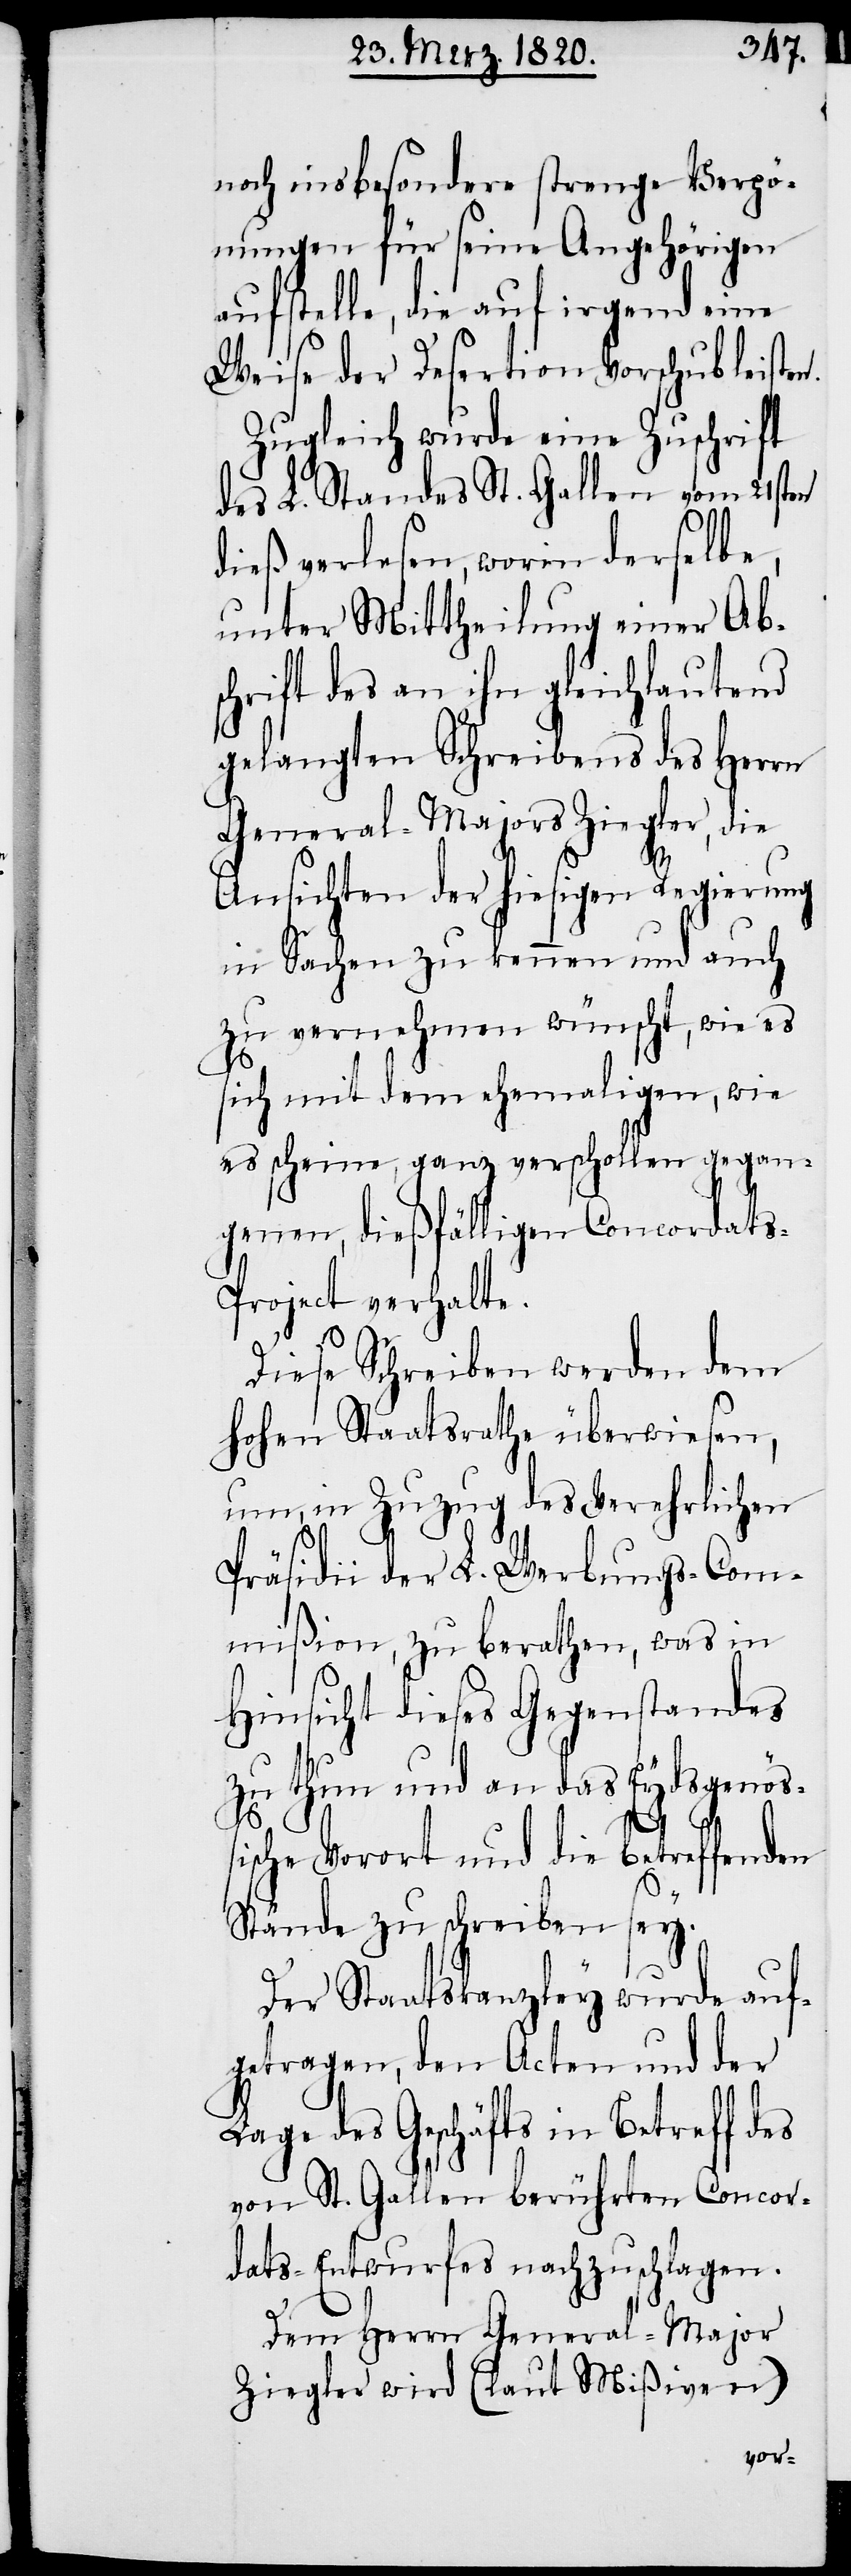
noch insbesondere strenge Verpö¬
nungen für seine Angehörigen
aufstelle, die auf irgend eine
Weise der Desertion Vorschub leiste¬
Zugleich wurde eine Zuschrift
des L. Standes St. Gallen vom 21sten
dieß verlesen, worin derselbe,
unter Mittheilung einer Abs¬
chrift des an ihn gleichlautend
gelangten Schreibens des Herrn
General-Majors Ziegler, die
Ansichten der hiesigen Regierung
in Sachen zu kennen und auch
zu vernehmen wünscht, wie es
sich mit dem ehemaligen, wie
es scheine, ganz verschollen gegan¬
genen, dießfälligen Concordat¬
s-Project verhalte.
Diese Schreiben werden dem
hohen Staatsrathe überwiesen,
um, in Zuzug des Verehrlichen
Präsidii der L. Werbungs-Com¬
mißion, zu berathen, was in
Hinsicht dieses Gegenstandes
zu thun und an das Eydsgenöß¬
ische Vorort und die betreffenden
Stände zu schreiben sey.
Der Staatskanzley wurde auf¬
getragen, den Acten und der
Lage des Geschäfts in Betreff d¬
von St. Gallen berührten Concor¬
dats-Entwurfes nachzuschlagen.
es
Dem Herrn General-Major
Ziegler wird (laut Mißiven)